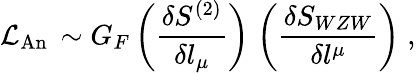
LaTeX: {\cal{L}}_{\mathrm{An}}\, \sim G_{F}\, \biggl(\frac{\delta S^{(2)}}{\delta l_{\mu}}\biggr)\; \biggl(\frac{\delta S_{WZW}}{\delta l^{\mu}}\biggr)\; ,